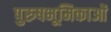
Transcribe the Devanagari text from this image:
पुरुषभूमिकाओं